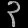
Digit: ၃